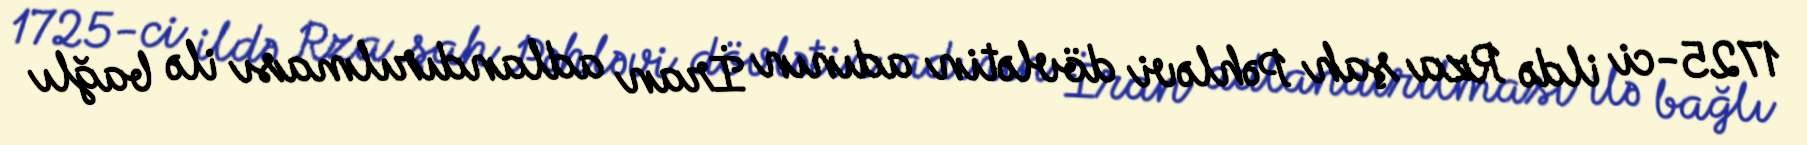
1725-ci ildə Rza şah Pəhləvi dövlətin adının İran adlandırılması ilə bağlı